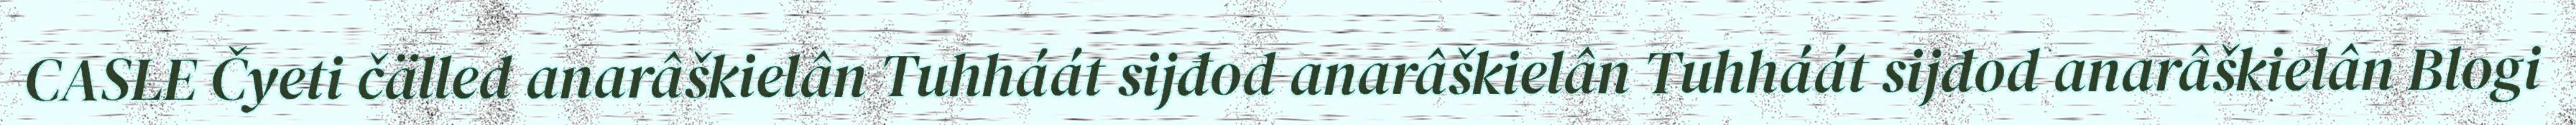
CASLE Čyeti čälled anarâškielân Tuhháát sijđod anarâškielân Tuhháát sijđod anarâškielân Blogi